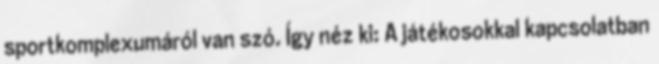
sportkomplexumáról van szó. Így néz ki: A játékosokkal kapcsolatban